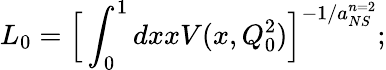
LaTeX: L_{0}={\Bigl[}\int_{0}^{1}dxxV(x,Q_{0}^{2}){\Bigl]}^{-1/a_{NS}^{n=2}};